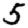
Digit: 5